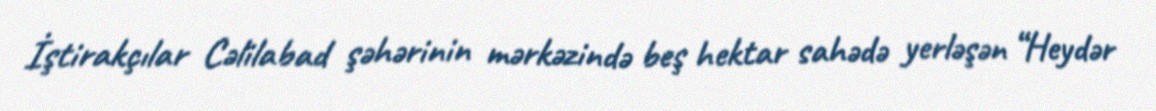
İştirakçılar Cəlilabad şəhərinin mərkəzində beş hektar sahədə yerləşən “Heydər